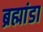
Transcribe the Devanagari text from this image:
ब्रह्मांडा